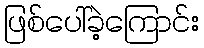
ဖြစ်ပေါ်ခဲ့ကြောင်း